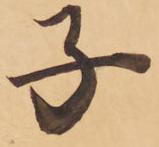
子